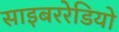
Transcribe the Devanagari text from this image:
साइबररेडियो